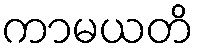
ကာမယတိ